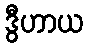
ဒွီဟာယ